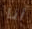
أنا